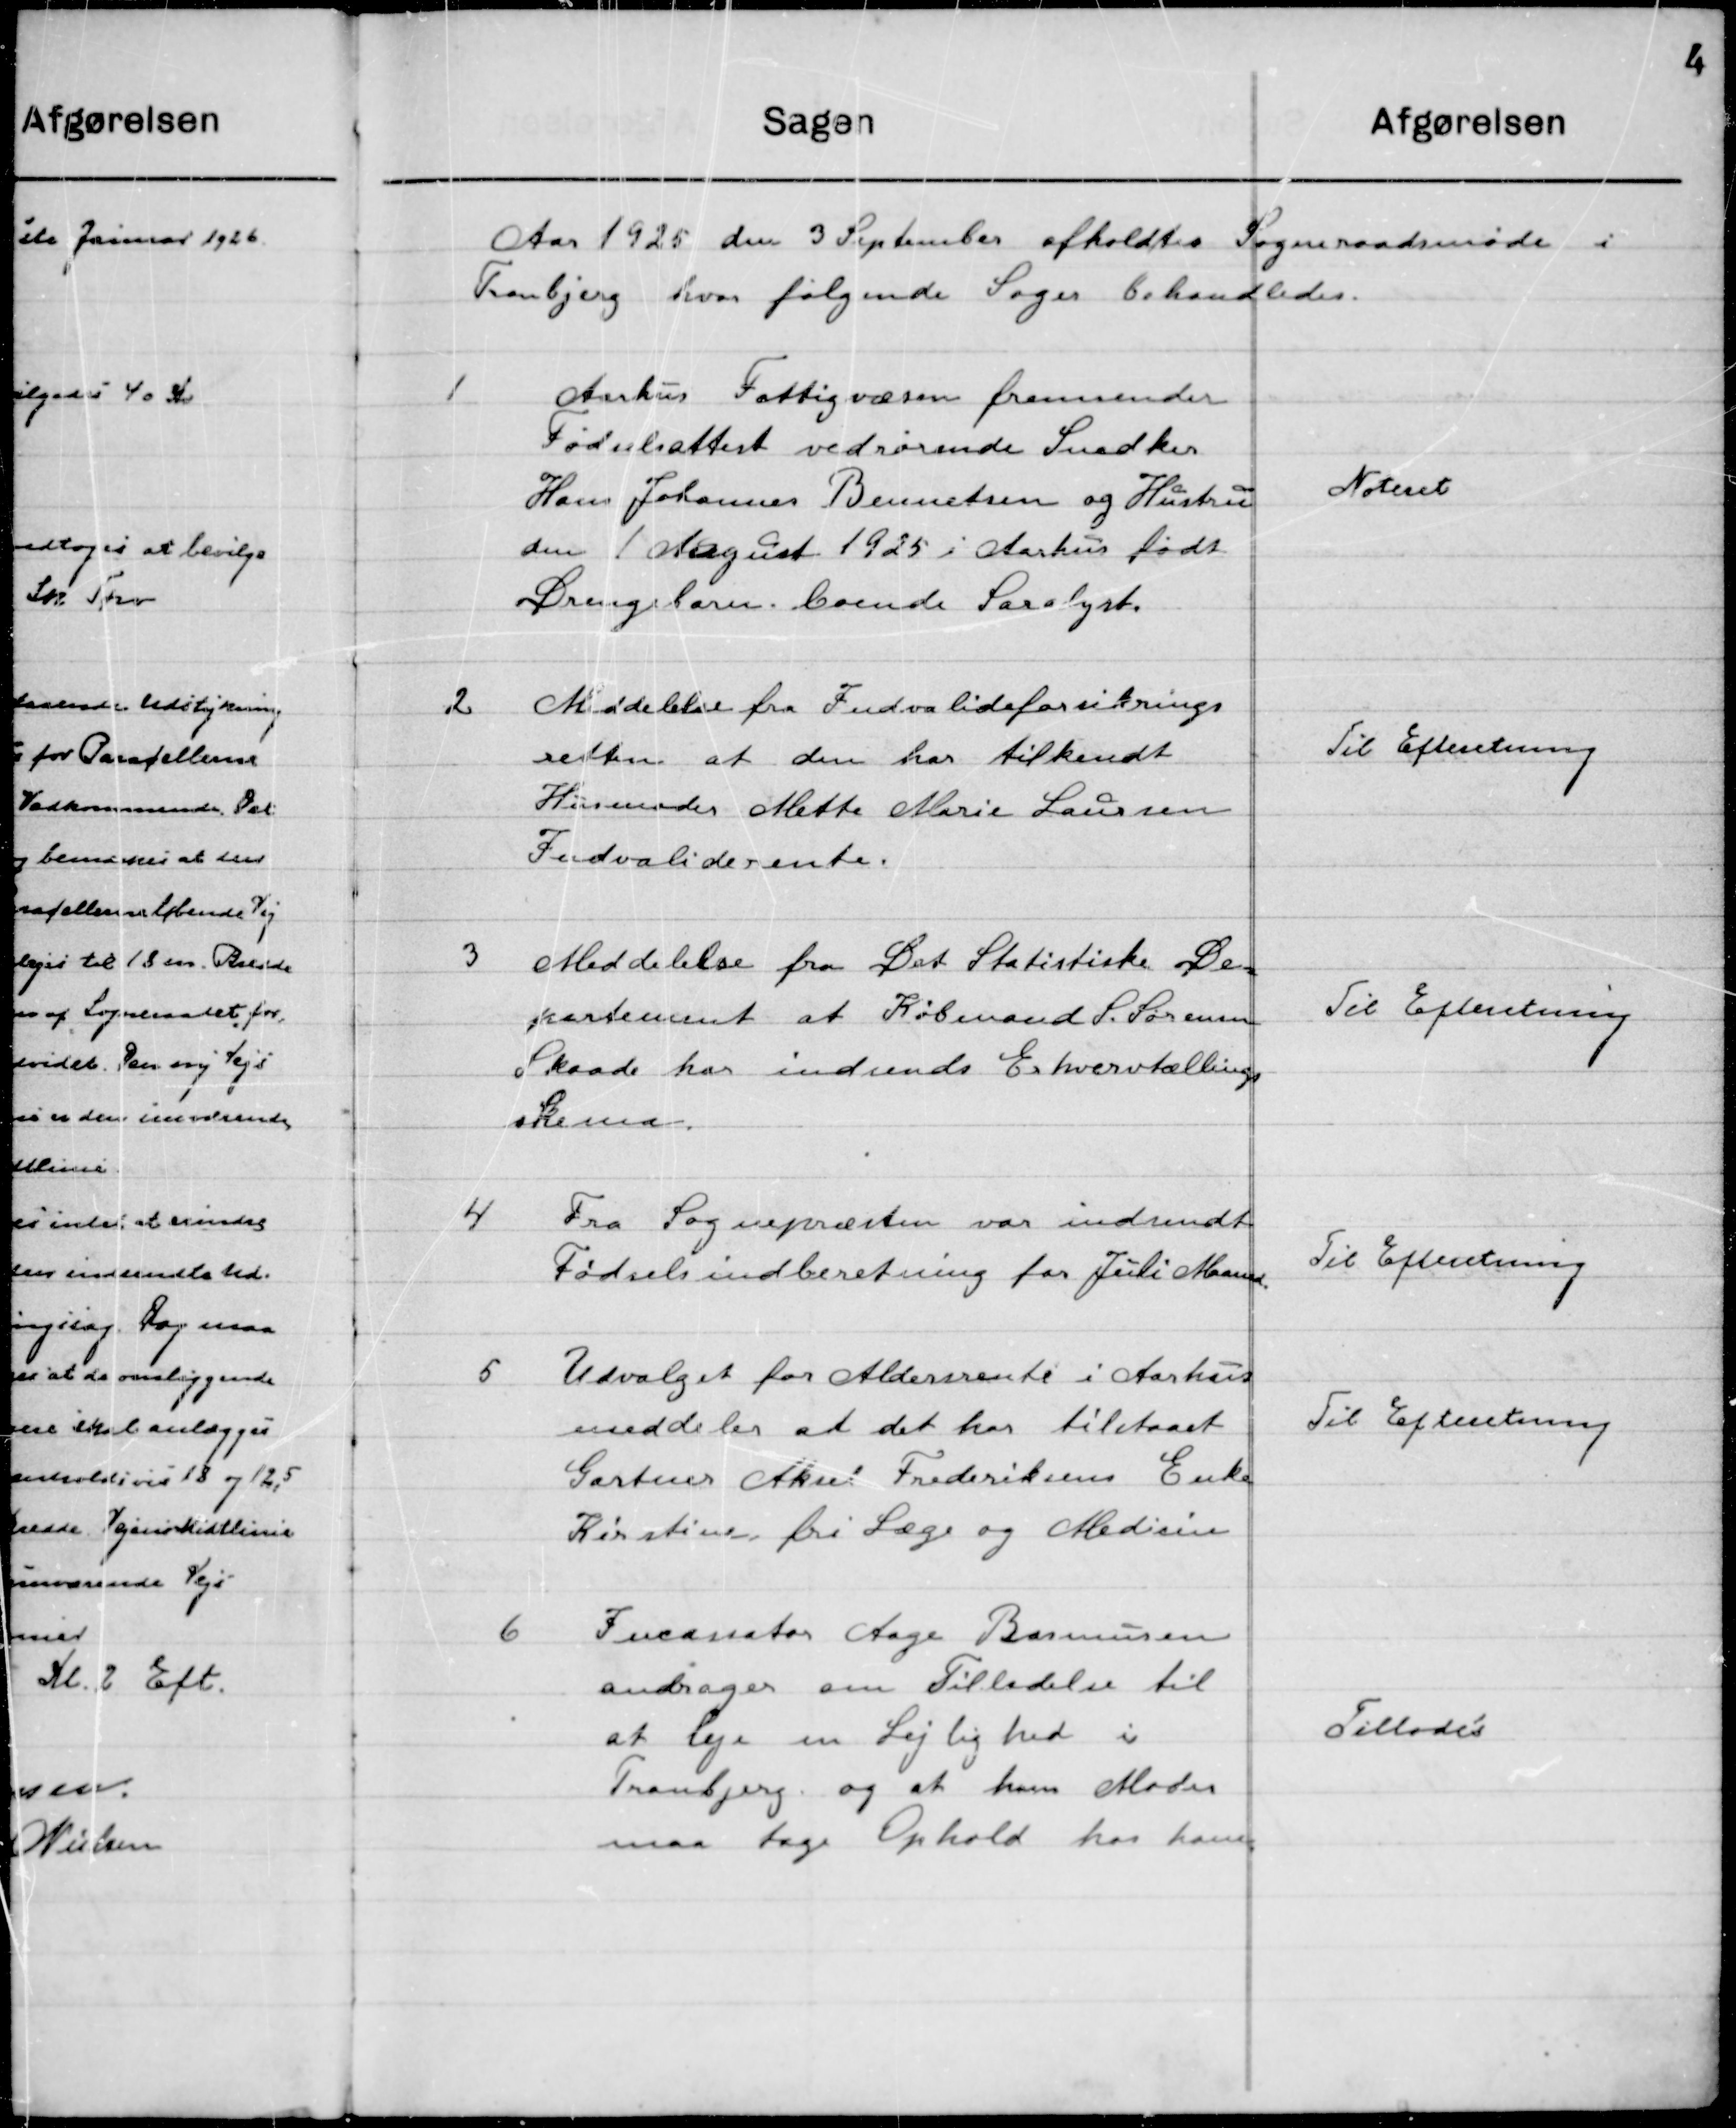
Transskription:
Aaret 1925 den 3 September afholdtes Sogneraadsmøde i 
Tranbjerg hvor følgende Sager behandledes.

1

Aarhus Fattigvæsen fremsender
Fødselsattest vedrørende Snedker 
Hans Johannes Bennetzen og Hustru
Den 1 August 1925 i Aarhus født
Drengebarn boende Saralyst.

Noteret

2

Meddelelse fra Invalideforsikringens
Retten at den har tilkendt
Hus moder Mette Marie Laursen
Invalide rente.

Til Efterretning

3

Meddelelse fra De Statistiske De-
partement at Købmand S. Sørensen
Skaade har indsendt Erhvervstællings
Skema.

Til Efterretning

4

Fra Sognepræsten var indsendt
Fødselsindberetning for Juli Maaned.

Til Efterretning

5

Udvalget for Aldersrente i Aarhus
Meddeler at det hat tilstaaet
Gartner Aksen Frederiksens Enke
Kirstine fri Læge og Medicin.

Til Efterretning

6

Incassator Aage Rasmussen
Andrager om Tilladelse til
at leje en Lejlighed i
Tranbjerg og at hans Moder
maa tage Ophold hos ham.

Tillodes